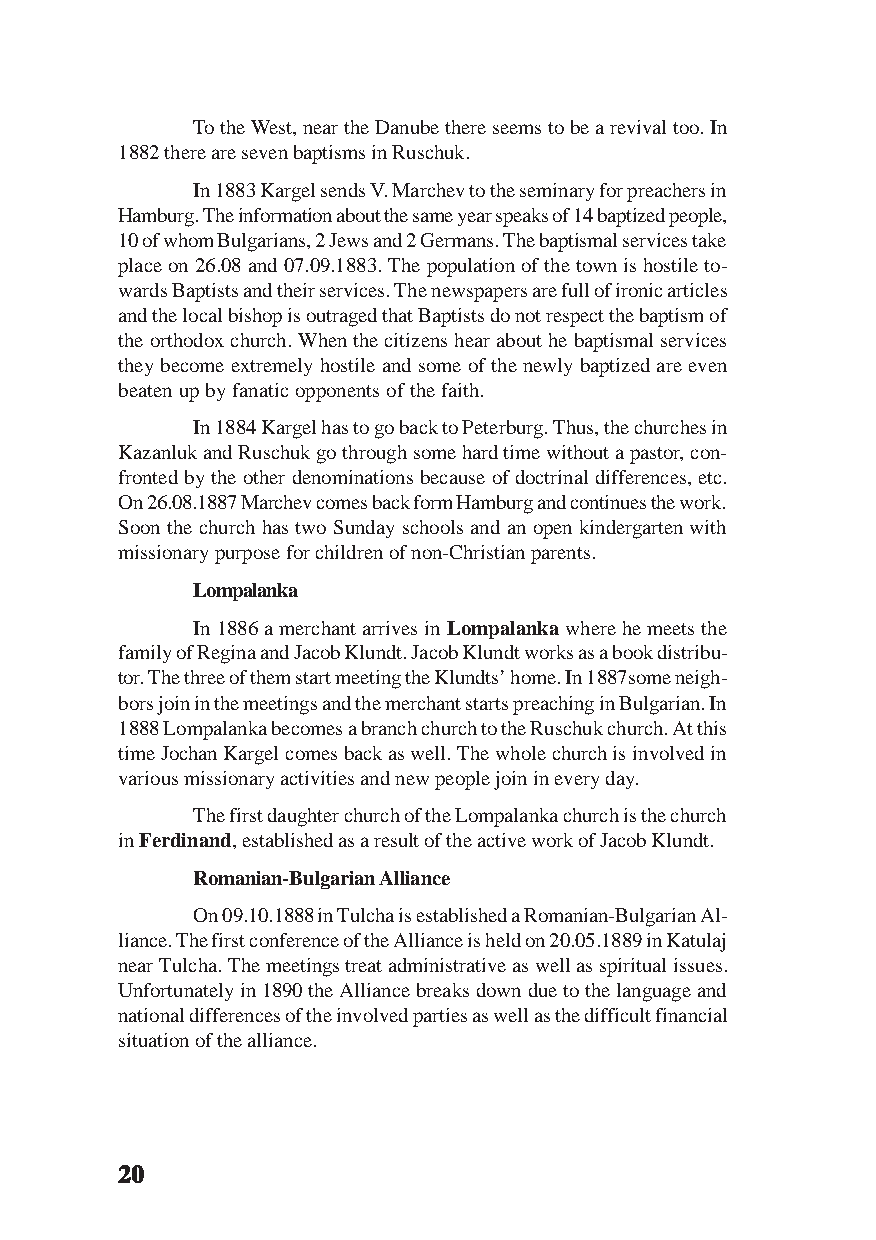
To the West, near the Danube there seems to be a revival too. In
 1882 there are seven baptisms in Ruschuk.
 In 1883 Kargel sends V. Marchev to the seminary for preachers in
 Hamburg. The information about the same year speaks of 14 baptized people,
 10 of whom Bulgarians, 2 Jews and 2 Germans. The baptismal services take
 place on 26.08 and 07.09.1883. The population of the town is hostile to-
 wards Baptists and their services. The newspapers are full of ironic articles
 and the local bishop is outraged that Baptists do not respect the baptism of
 the orthodox church. When the citizens hear about he baptismal services
 they become extremely hostile and some of the newly baptized are even
 beaten up by fanatic opponents of the faith.
 In 1884 Kargel has to go back to Peterburg. Thus, the churches in
 Kazanluk and Ruschuk go through some hard time without a pastor, con-
 fronted by the other denominations because of doctrinal differences, etc.
 On 26.08.1887 Marchev comes back form Hamburg and continues the work.
 Soon the church has two Sunday schools and an open kindergarten with
 missionary purpose for children of non-Christian parents.
 Lompalanka
 In 1886 a merchant arrives in Lompalanka where he meets the
 family of Regina and Jacob Klundt. Jacob Klundt works as a book distribu-
 tor. The three of them start meeting the Klundts’ home. In 1887some neigh-
 bors join in the meetings and the merchant starts preaching in Bulgarian. In
 1888 Lompalanka becomes a branch church to the Ruschuk church. At this
 time Jochan Kargel comes back as well. The whole church is involved in
 various missionary activities and new people join in every day.
 The first daughter church of the Lompalanka church is the church
 in Ferdinand, established as a result of the active work of Jacob Klundt.
 Romanian-Bulgarian Alliance
 On 09.10.1888 in Tulcha is established a Romanian-Bulgarian Al-
 liance. The first conference of the Alliance is held on 20.05.1889 in Katulaj
 near Tulcha. The meetings treat administrative as well as spiritual issues.
 Unfortunately in 1890 the Alliance breaks down due to the language and
 national differences of the involved parties as well as the difficult financial
 situation of the alliance.
 2222200000